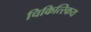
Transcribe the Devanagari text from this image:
चिकित्स्किय